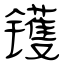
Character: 镬